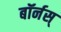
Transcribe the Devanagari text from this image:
बॉर्नस्